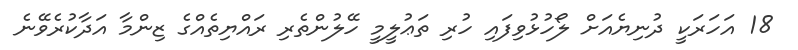
18 އަހަރަކީ ދުނިޔެއަށް ލޯހުޅުވިފައި ހުރި ތަޢުލީމީ ހޭލުންތެރި ރައްޔިތެއްގެ ޒިންމާ އަދާކުރެވޭނެ